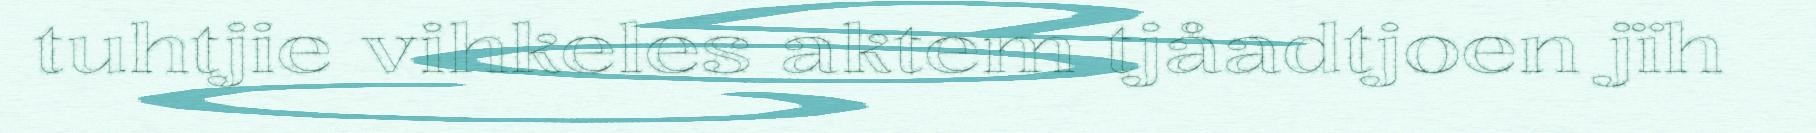
tuhtjie vihkeles aktem tjåadtjoen jïh